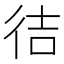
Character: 㣟